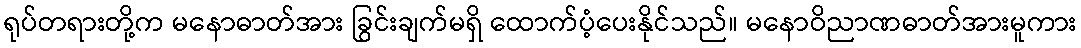
ရုပ်တရားတို့က မနောဓာတ်အား ခြွင်းချက်မရှိ ထောက်ပံ့ပေးနိုင်သည်။ မနောဝိညာဏဓာတ်အားမူကား